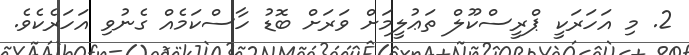
2. މި އަހަރަކީ ޕްރީސްކޫލް ތަޢުލީމަށް ވަރަށް ބޮޑު ހާސްކަމެއް ގެނުވި އަހަރެކެވެ.